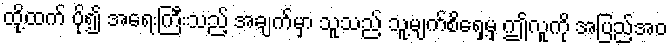
ထို့ထက် ပို၍ အရေးကြီးသည့် အချက်မှာ သူသည် သူ့မျက်စိရှေ့မှ ဤလူကို အပြည့်အဝ